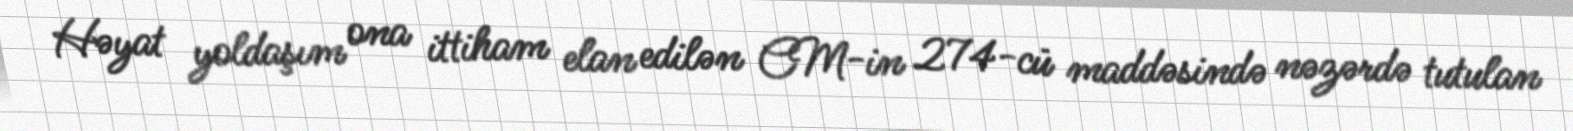
Həyat yoldaşım ona ittiham elan edilən CM-in 274-cü maddəsində nəzərdə tutulan